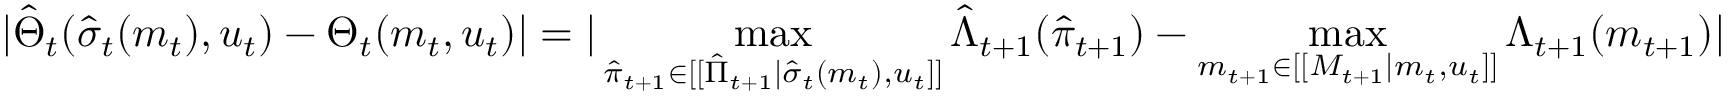
| \hat { \Theta } _ { t } ( \hat { \sigma } _ { t } ( m _ { t } ) , u _ { t } ) - \Theta _ { t } ( m _ { t } , u _ { t } ) | = | \operatorname* { m a x } _ { \hat { \pi } _ { t + 1 } \in [ [ \hat { \Pi } _ { t + 1 } | \hat { \sigma } _ { t } ( m _ { t } ) , u _ { t } ] ] } \hat { \Lambda } _ { t + 1 } ( \hat { \pi } _ { t + 1 } ) - \operatorname* { m a x } _ { m _ { t + 1 } \in [ [ M _ { t + 1 } | m _ { t } , u _ { t } ] ] } \Lambda _ { t + 1 } ( m _ { t + 1 } ) |